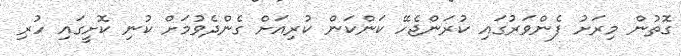
ގޮތުން މިރަށު ފެންވަރުގައި ކުރަންޖެހޭ ކަންކަން ކުރިއަށް ގެންދެވުމަށް ކުނި ކޮށީގައި ހުރި